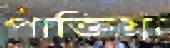
পাক্তিয়া